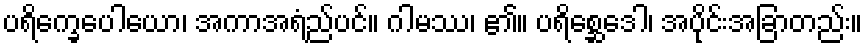
ပရိက္ခေပေါယော၊ အကာအရံည်ပင်။ ဂါမဿ၊ ၏။ ပရိစ္ဆေဒေါ၊ အပိုင်းအခြာတည်း။